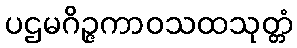
ပဌမဂိဉ္ဇကာဝသထသုတ္တံ